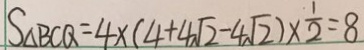
S _ { \Delta B C Q } = 4 \times ( 4 + 4 \sqrt { 2 } - 4 \sqrt { 2 } ) \times \frac { 1 } { 2 } = 8